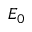
E _ { 0 }